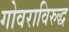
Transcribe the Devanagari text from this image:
गोवराविरुद्ध